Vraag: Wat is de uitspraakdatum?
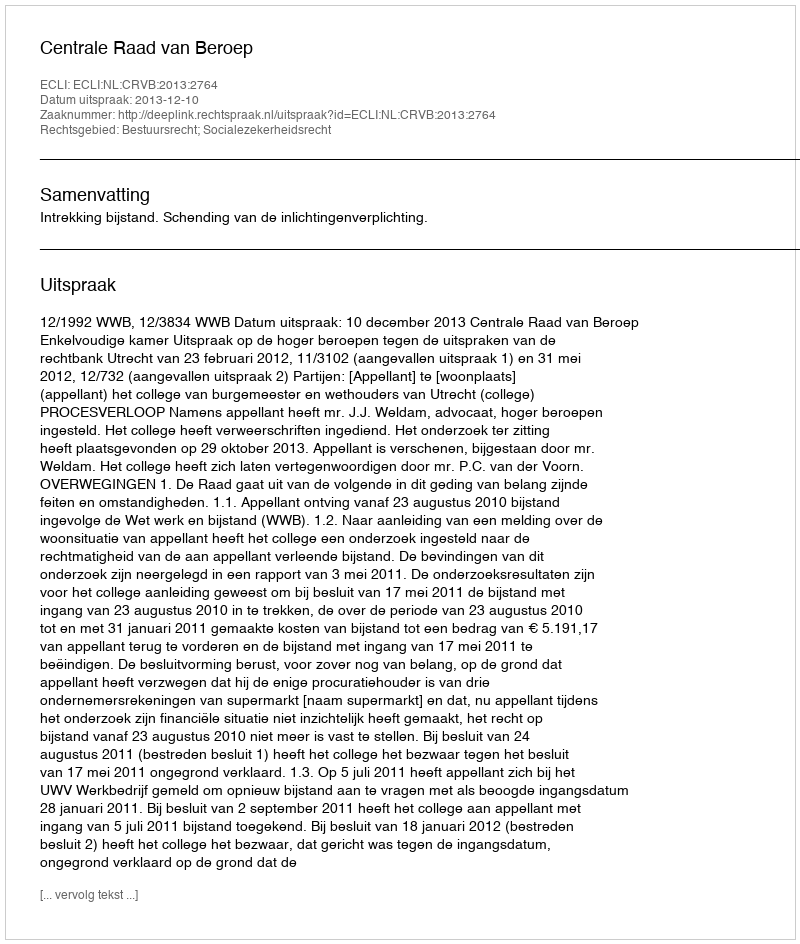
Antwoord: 2013-12-10